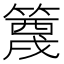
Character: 𬕭